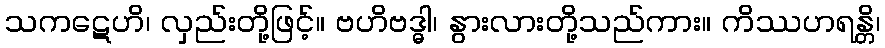
သကဋေဟိ၊ လှည်းတို့ဖြင့်။ ဗဟိဗဒ္ဓါ၊ နွားလားတို့သည်ကား။ ကိဿဟရန္တိ၊